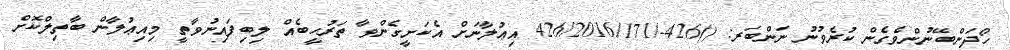
ހޯދަންބޭނުންވެގެން ކުރެވުނު ނަންބަރ: ()426-/426/2016/171 އިޢުލާނަށް އެކަށީގެންވާ ތަރުހީބެއް ލިބިފައިނުވާތީ މިއިޢުލާން ބާތިލްކޮށް